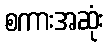
စကားအဆုံး